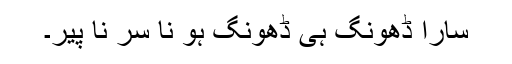
سارا ڈھونگ ہی ڈھونگ ہو نا سر نا پیر۔